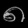
Digit: ၈